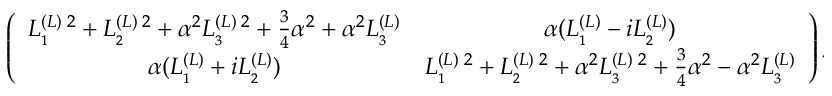
\left( \begin{array} { c c } { { L _ { _ { 1 } } ^ { ( L ) \; 2 } + L _ { _ { 2 } } ^ { ( L ) \; 2 } + \alpha ^ { 2 } L _ { _ { 3 } } ^ { ( L ) \; 2 } + \frac { 3 } { 4 } \alpha ^ { 2 } + \alpha ^ { 2 } L _ { _ { 3 } } ^ { ( L ) } } } & { { \alpha ( L _ { _ { 1 } } ^ { ( L ) } - i L _ { _ { 2 } } ^ { ( L ) } ) } } \\ { { \alpha ( L _ { _ { 1 } } ^ { ( L ) } + i L _ { _ { 2 } } ^ { ( L ) } ) } } & { { L _ { _ { 1 } } ^ { ( L ) \; 2 } + L _ { _ { 2 } } ^ { ( L ) \; 2 } + \alpha ^ { 2 } L _ { _ { 3 } } ^ { ( L ) \; 2 } + \frac { 3 } { 4 } \alpha ^ { 2 } - \alpha ^ { 2 } L _ { _ { 3 } } ^ { ( L ) } } } \end{array} \right) ,